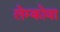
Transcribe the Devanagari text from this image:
लेम्कोवा